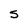
Character: s